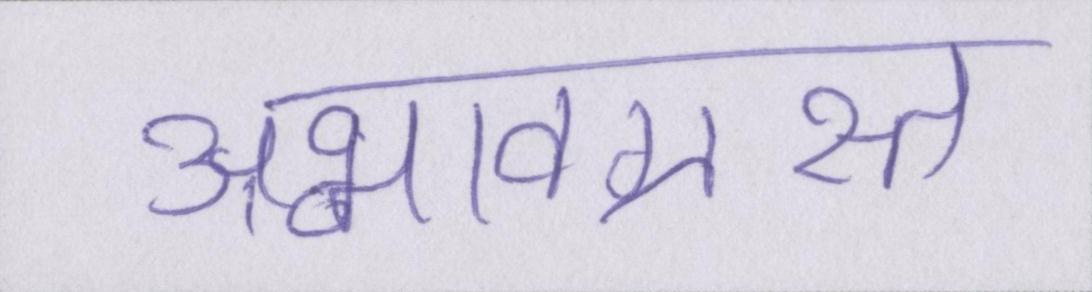
अभावग्रस्त